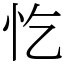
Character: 忔